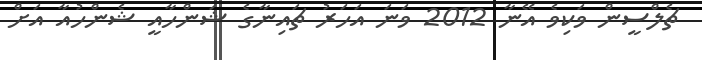
ޗެލްސީން ވަކިވެ އޭނާ 2012 ވަނަ އަހަރު ޗައިނާގެ ޝަންހާއީ ޝެންހުއާ އަށް